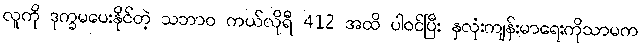
လူကို ဒုက္ခမပေးနိုင်တဲ့ သဘာ၀ ကယ်လိုရီ 412 အထိ ပါဝင်ပြီး နှလုံးကျန်းမာရေးကိုသာမက